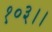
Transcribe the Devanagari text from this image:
१०३।।